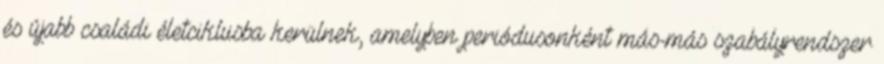
és újabb családi életciklusba kerülnek, amelyben periódusonként más-más szabályrendszer